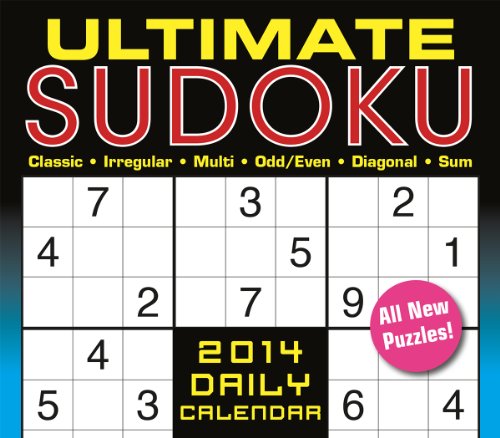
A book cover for Ultimate Sudoku 2014 Boxed/Daily (calendar); Conceptis Puzzles; Calendars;